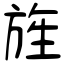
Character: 旌